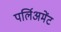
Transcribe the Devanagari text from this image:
पर्लिअमेंट